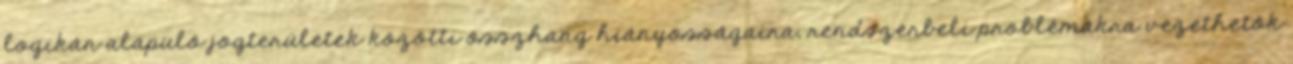
logikán alapuló jogterületek közötti összhang hiányosságaira, rendszerbeli problémákra vezethetők